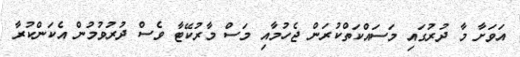
އަވަށާ މާ ދުރުގައި މަސައްކަތްކުރަން ޖެހުމާއި މަސް މާރުކޭޓާ ވެސް ދުރުވުމުން އެކަންކުރާ